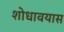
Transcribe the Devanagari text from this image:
शोधावयास